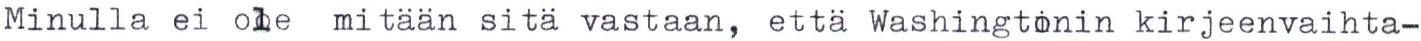
Minulla ei ole mitään sitä vastaan, että Washingtonin kirjeenvaihta-